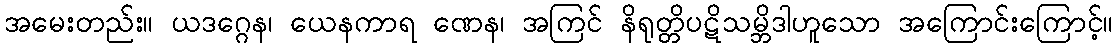
အမေးတည်း။ ယဒဂ္ဂေန၊ ယေနကာရ ဏေန၊ အကြင် နိရုတ္တိပဋိသမ္ဘိဒါဟူသော အကြောင်းကြောင့်။